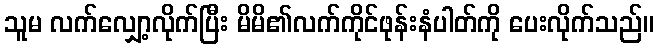
သူမ လက်လျှော့လိုက်ပြီး မိမိ၏လက်ကိုင်ဖုန်းနံပါတ်ကို ပေးလိုက်သည်။